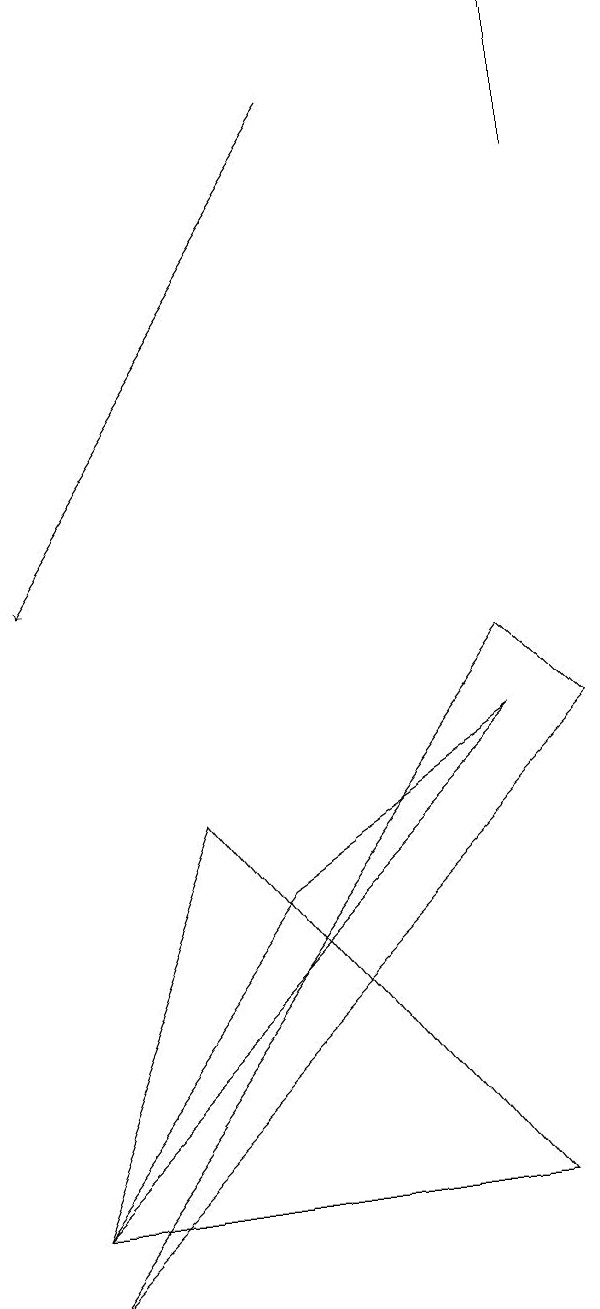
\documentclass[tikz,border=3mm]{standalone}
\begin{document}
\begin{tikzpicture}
\draw (2,1) -- (8,9) -- (9,8) -- cycle;
\draw[->] (6,16) -- (2,10);
\draw (2,2) -- (8,8) -- (5,6) -- cycle;
\draw (8,2) -- (2,2) -- (4,7) -- cycle;
\draw (9,15) rectangle (9,17);
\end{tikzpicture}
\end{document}